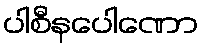
ပါစီနပေါဏော